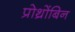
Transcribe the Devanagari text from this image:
प्रोथ्रोंबिन